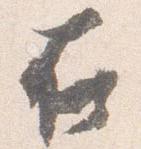
在